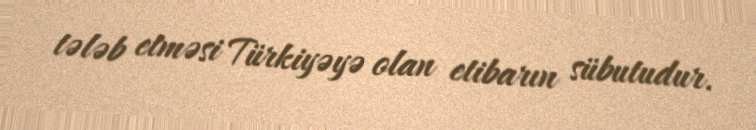
tələb etməsi Türkiyəyə olan etibarın sübutudur.